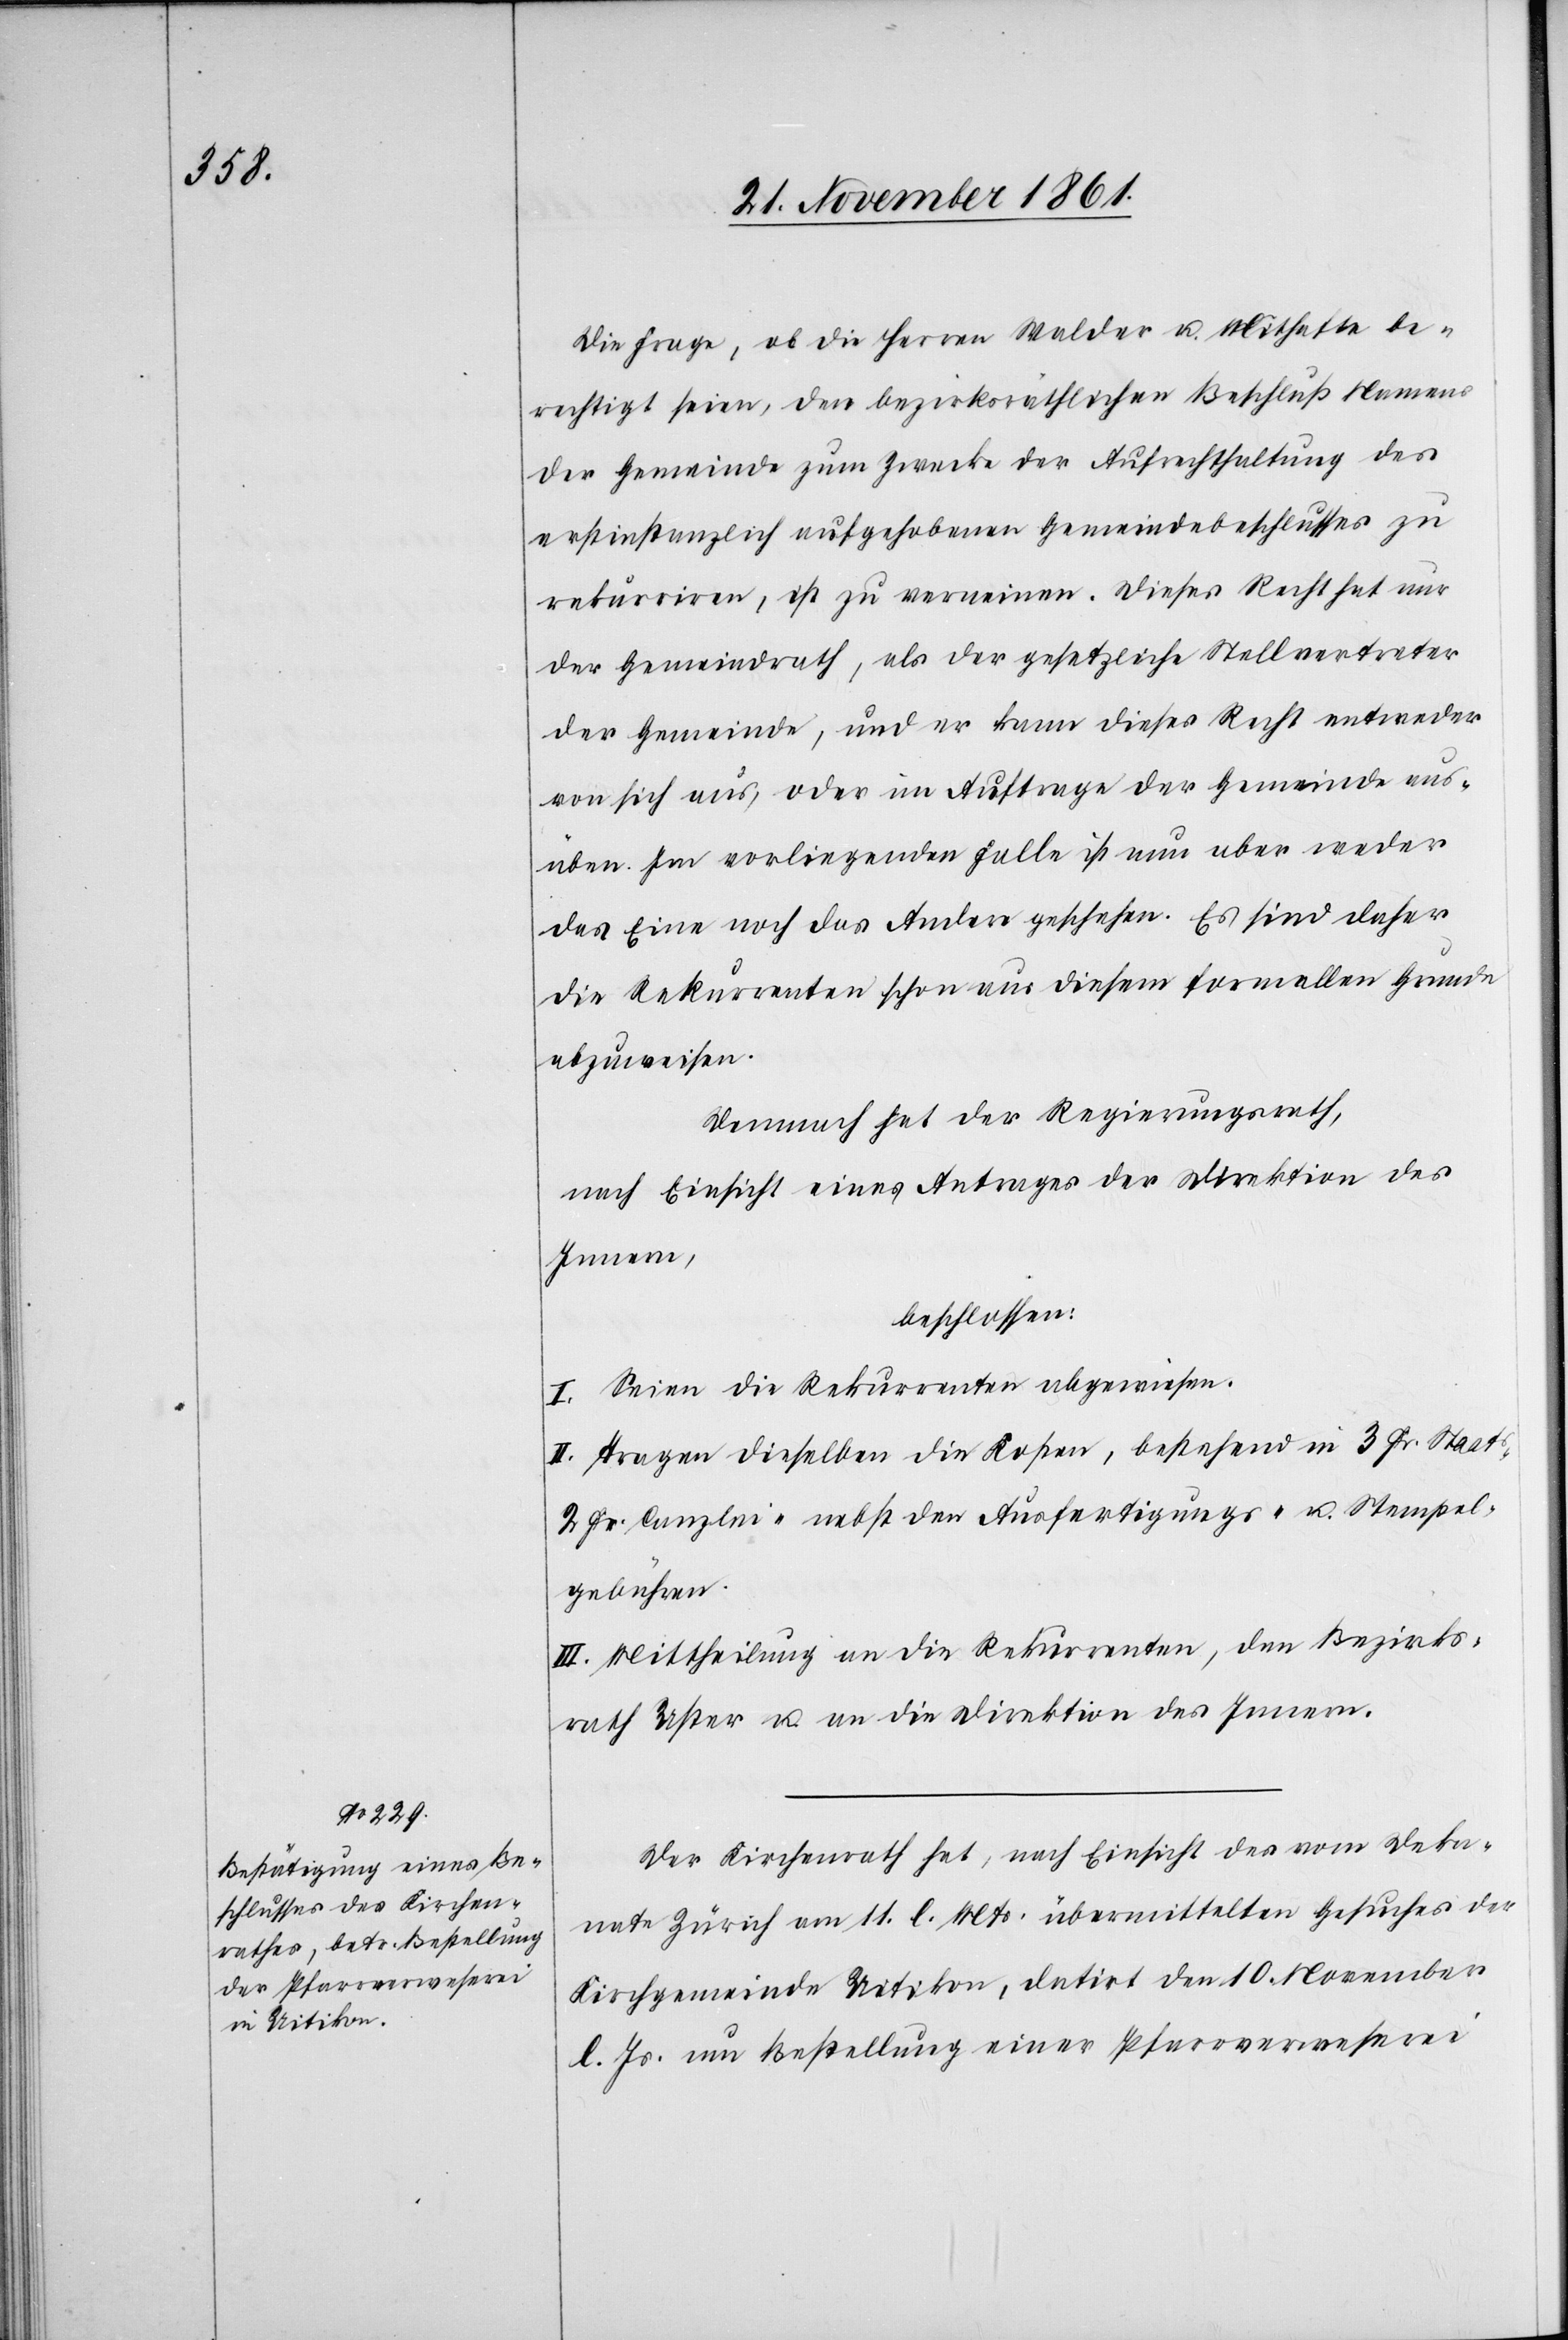
s-[,]

Die Frage, ob die Herren Walder u. Mithafte be¬
rechtigt seien, den bezirksräthlichen Beschluß Namens
der Gemeinde zum Zwecke der Aufrechthaltung des
erstinstanzlich aufgehobenen Gemeindebeschlusses zu
rekurriren, ist zu verneinen. Dieses Recht hat nur
der Gemeindrath, als der gesetzliche Stellvertreter
der Gemeinde, und er kann dieses Recht entweder
von sich aus, oder im Auftrage der Gemeinde aus¬
üben. Im vorliegenden Falle ist nun aber weder
das Eine noch das Andere geschehen. Es sind daher
die Rekurrenten schon aus diesem formellen Grunde
abzuweisen.
Demnach hat der Regierungsrath,
nach Einsicht eines Antrages der Direktion des
Innern,
beschlossen:
I. Seien die Rekurrenten abgewiesen.
II. Tragen dieselben die Kosten, bestehend in 3 Fr. Staat¬
2 Fr. Canzlei-[,] nebst den Ausfertigungs- u. Stempel¬
gebühren.
III. Mittheilung an die Rekurrenten, den Bezirks¬
rath Uster u. an die Direktion des Innern.
Der Kirchenrath hat, nach Einsicht des vom Deka¬
nate Zürich am 11 l. Mts. übermittelten Gesuches der
Kirchgemeinde Uitikon, datirt den 10 November
l. Js. um Bestellung einer Pfarrverweserei